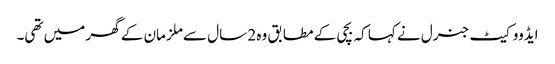
ایڈووکیٹ جنرل نے کہا کہ بچی کے مطابق وہ 2 سال سے ملزمان کے گھر میں تھی۔